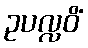
ဥပလ္လဝိံ